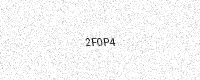
Text: 2F0P4